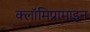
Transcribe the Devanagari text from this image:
क्लॉमिप्रामाइन